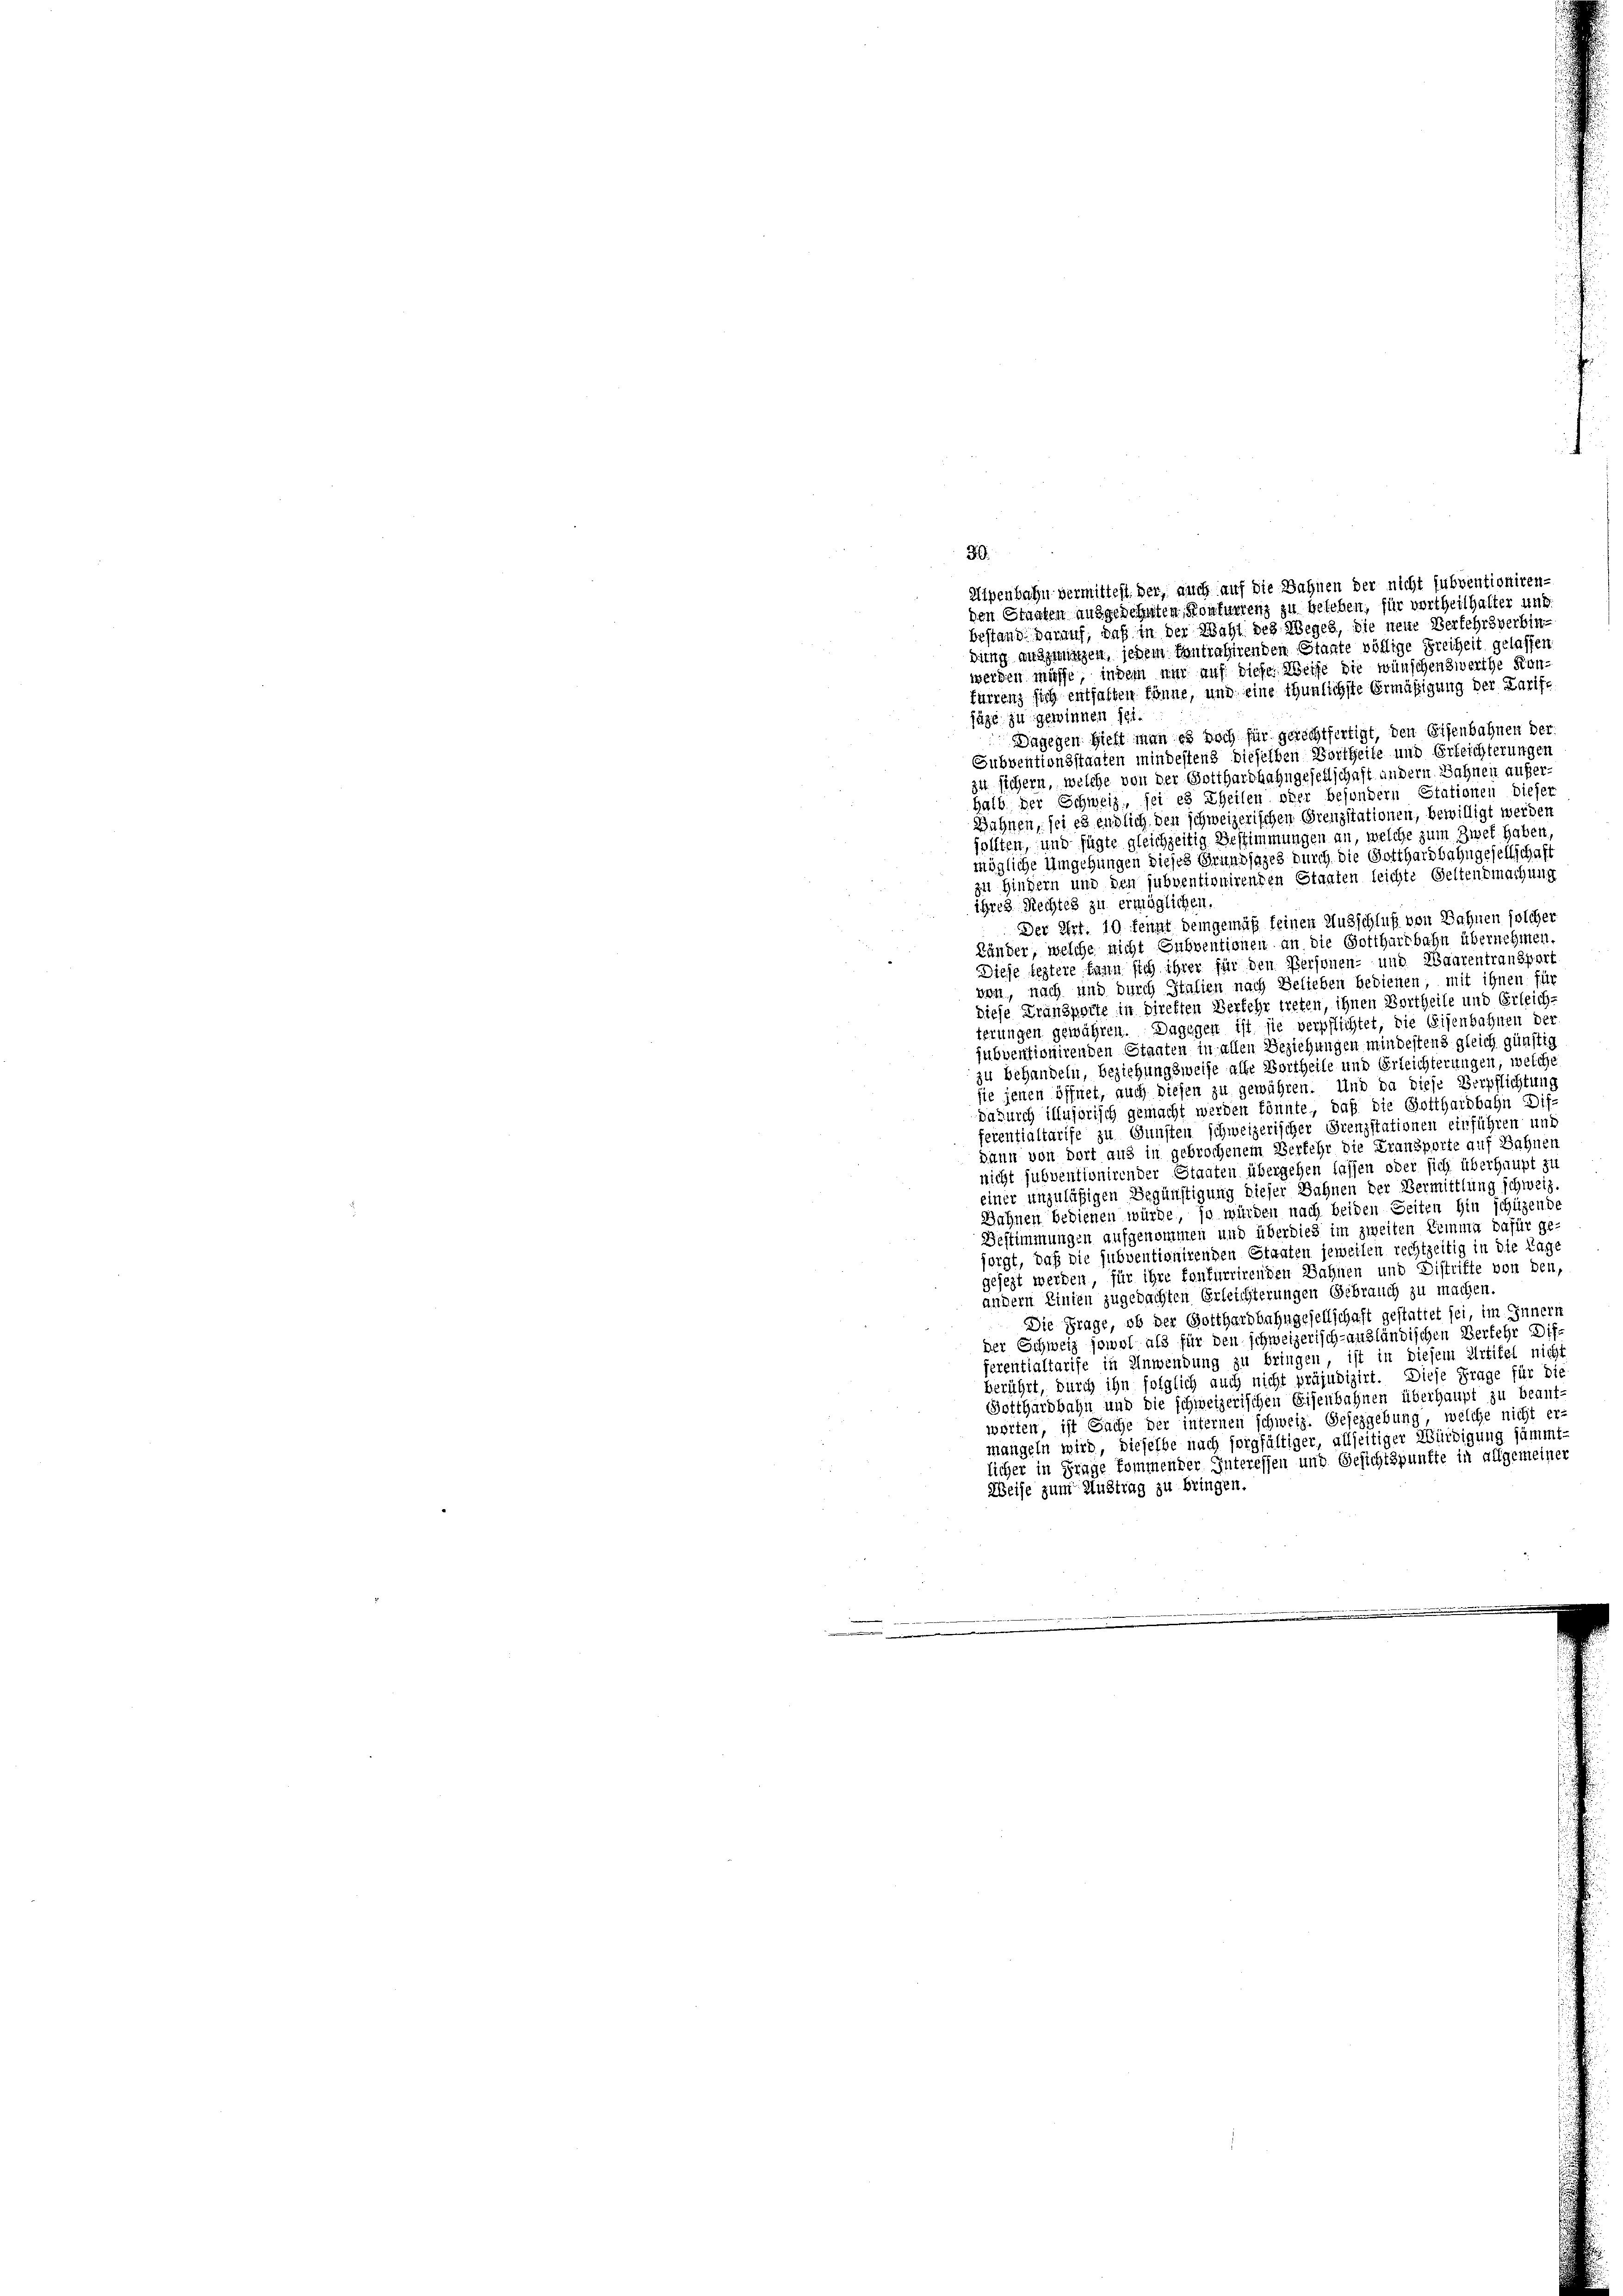
Uipenbahn vermittest. der, auch auf die Bahnen der nicht subventioniren-
den Staaten ausgedehnten Konkurrenz zu beleben; für vertheilhalter und
bestand darauf, daß in der Wahl des Weges, die neue Verkehrsverbindung auszwungen, jedem tantrahirenden Staate völlige Freiheit gelassen
werden müsse, indem nur auf diese Weise die wünschenswerthe Kanfurrenz sich enthalten könne, und eine thunlichste Ermäßigung der Karife
fäge zu gewinnen sei.
Dagegen hielt man es doch für gerichtfertigt, den Eisenbahnen der
Subventionsstanten mindestens dieselben Vortheile und Erleichterungen
zut sichern, welche von der Gotthardbahngesellschaft andern Sahnen außer-
halb der Schweiz, sei es Theilen oder besondern Stationen diese
Bahnen, sei es endlich den schweizerischen Grenzstationen, bewilligt werden
sollten, und fügte gleichzeitig Bestimmungen an, welche zum Zwet haben,
mögliche Umgehungen dieses Grundjages durch die Gotthardbahngesellschaft
zu Hindern und den subventionirenden Stanten leichte Seltentmachung
ihres Rechtes zu ermöglichen.
Der Art. 10 kennt demgemäß seinen Ausschluß von Bahnen solcher
Länder, welche nicht Subventionen an die Gotthardbahn übernehmen
Diese leztere kann sich ihrer für den Personen- und Waarentransport
von, nach und durch Italien nach Belieben bedienen, mit ihnen für
diese Fransporte in Direften Verkehr treten, ihnen Vortheile und Erleich,
terungen gewähren. Dagegen ist sie verpflichtet, die Eisenbahnen der
subventionirenden Staaten in allen Beziehungen mindestens gleich günstig
zu behandeln, beziehungsweise alle Vortheile und Erleichterungen, welche
sie jenen öffnet, auch diesen zu gewähren. Und da diese Verpflichtung
dadurch illusorisch gemacht werden könnte, daß die Gotthardbahn Dis
eventialtarife zu Gunsten schweizerischer Grenzstationen einführen und
dann von dort aus in gebrochenem Verkehr die Fransporte auf Bahnen
nicht subventionirender Staaten übergehen lassen oder sich überhaupt zu
einer unzuläßigen Begünstigung dieser Bahnen der Vermittlung schweiz
Wahnen Bedienen würde, so würden nach beiden Seiten hin schüzende
Bestimmungen aufgenommen und überdies im zweiten Lemma dafür ge
sorgt, daß die subventionirenden Staaten jeweilen rechtzeitig in die Tage
gejezt werden, für ihre konfurrirenden Sahnen und Distrifte von den,
andern Linien zugedachten Erleichterungen Gebrauch zu machen.
Die Frage, ob der Gotthardbahngesellschaft gestattet sei, im Innern
der Schweiz jowol als für den schweizerisch-ansländischen Verfehr Disferentialtarife in Anwendung zu bringen, ist in diesem Artikel nicht
berührt, durch ihn folglich auch nicht präjudizirt. Diese Frage für die
Gotthardbahn und die schweizerischen Eisenbahnen überhaupt zu beant-
wörten, ist Sache der internen schweiz. Gesezgebung, welche nicht er-
mangeln wird, dieselbe nach sorgfältiger, allseitiger Würdigung sämmt-
licher in Frage kommender Interessen und Gesichtspunkte in allgemeiner
Weise zum Auftrag zu bringen.

30.